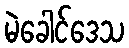
မဲခေါင်ဒေသ